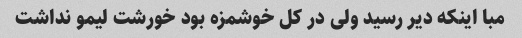
مبا اینکه دیر رسید ولی در کل خوشمزه بود خورشت لیمو نداشت